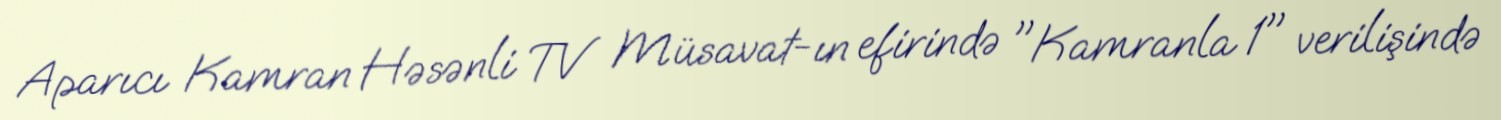
Aparıcı Kamran Həsənli TV Müsavat-ın efirində "Kamranla 1" verilişində